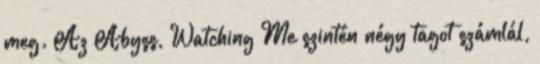
meg. Az Abyss, Watching Me szintén négy tagot számlál,